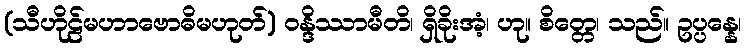
(သီဟိုဠ်မဟာဗောဓိမဟုတ်) ဝန္ဒိဿာမီတိ၊ ရှိခိုးအံ့၊ ဟု။ စိတ္တေ၊ သည်။ ဥပ္ပန္နေ၊